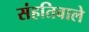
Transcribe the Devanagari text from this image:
संहतिवाले